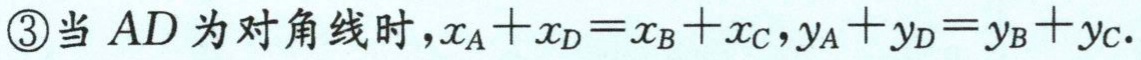
\textcircled{3}当 \(AD\) 为对角线时，\(x_A + x_D = x_B + x_C\)，\(y_A + y_D = y_B + y_C\)。